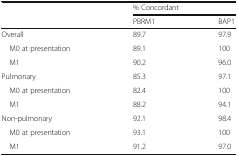
|  | <COLSPAN=2> % Concordant |
 |  | PBRM1 | BAP1 |
 | --- | --- | --- |
 | Overall | 89.7 | 97.9 |
 | M0 at presentation | 89.1 | 100 |
 | M1 | 90.2 | 96.0 |
 | Pulmonary | 85.3 | 97.1 |
 | M0 at presentation | 82.4 | 100 |
 | M1 | 88.2 | 94.1 |
 | Non-pulmonary | 92.1 | 98.4 |
 | M0 at presentation | 93.1 | 100 |
 | M1 | 91.2 | 97.0 |